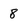
Character: 8